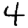
Digit: 4